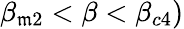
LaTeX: \beta_{\mathfrak{m}2}<\beta<\beta_{c4})